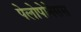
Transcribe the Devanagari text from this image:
पेलोपोनेसस